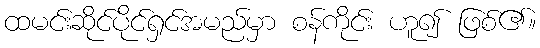
ထမင်းဆိုင်ပိုင်ရှင်အမည်မှာ စန်ကိုင်း ဟူ၍ ဖြစ်၏။